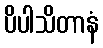
ပိပါသိတာနံ